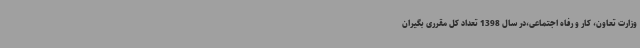
وزارت تعاون، کار و رفاه اجتماعی،در سال 1398 تعداد کل مقرری بگیران